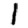
Digit: 1